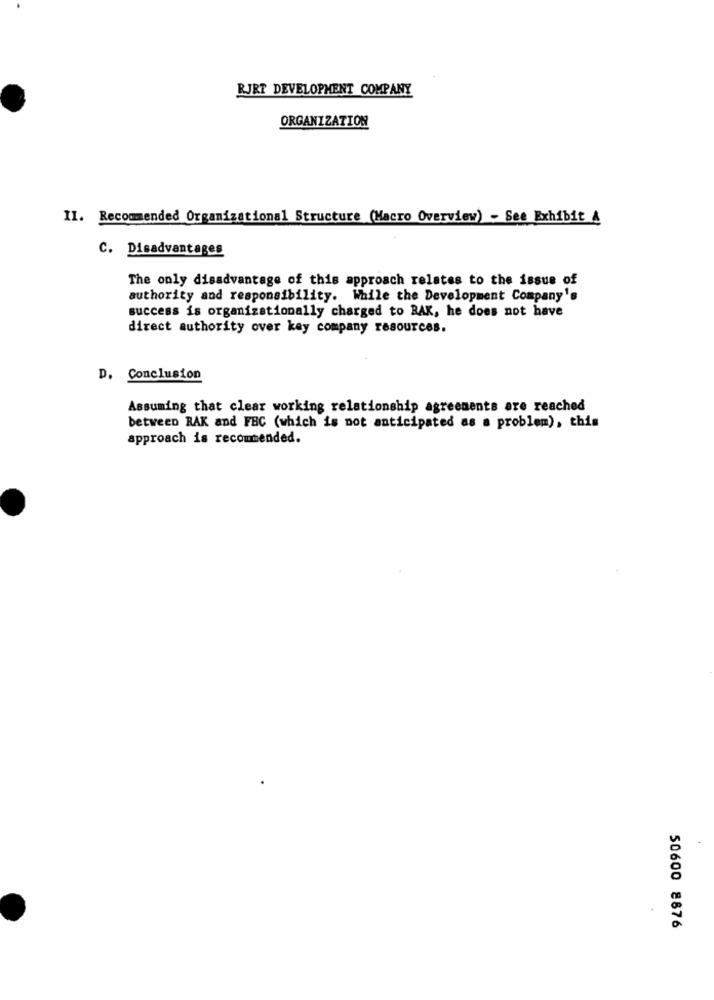
RJRT DEVELOPMENT COMPANY
ORGANIZATION
II. Recommended Organizational Structure (Macro Overview) - See Exhibit &
C. Disadvantages
The only disadvantage of this approach relates to the issue of
authority and responsibility. While the Development Company's
success is organizationally charged to BAK, he does not have
direct authority over key company resources.
D. Conclusion
Assuming that clear working relationship agreements are reached
between RAK and FBC (which is not anticipated as a problem), this
approach is recommended.
50600 8876